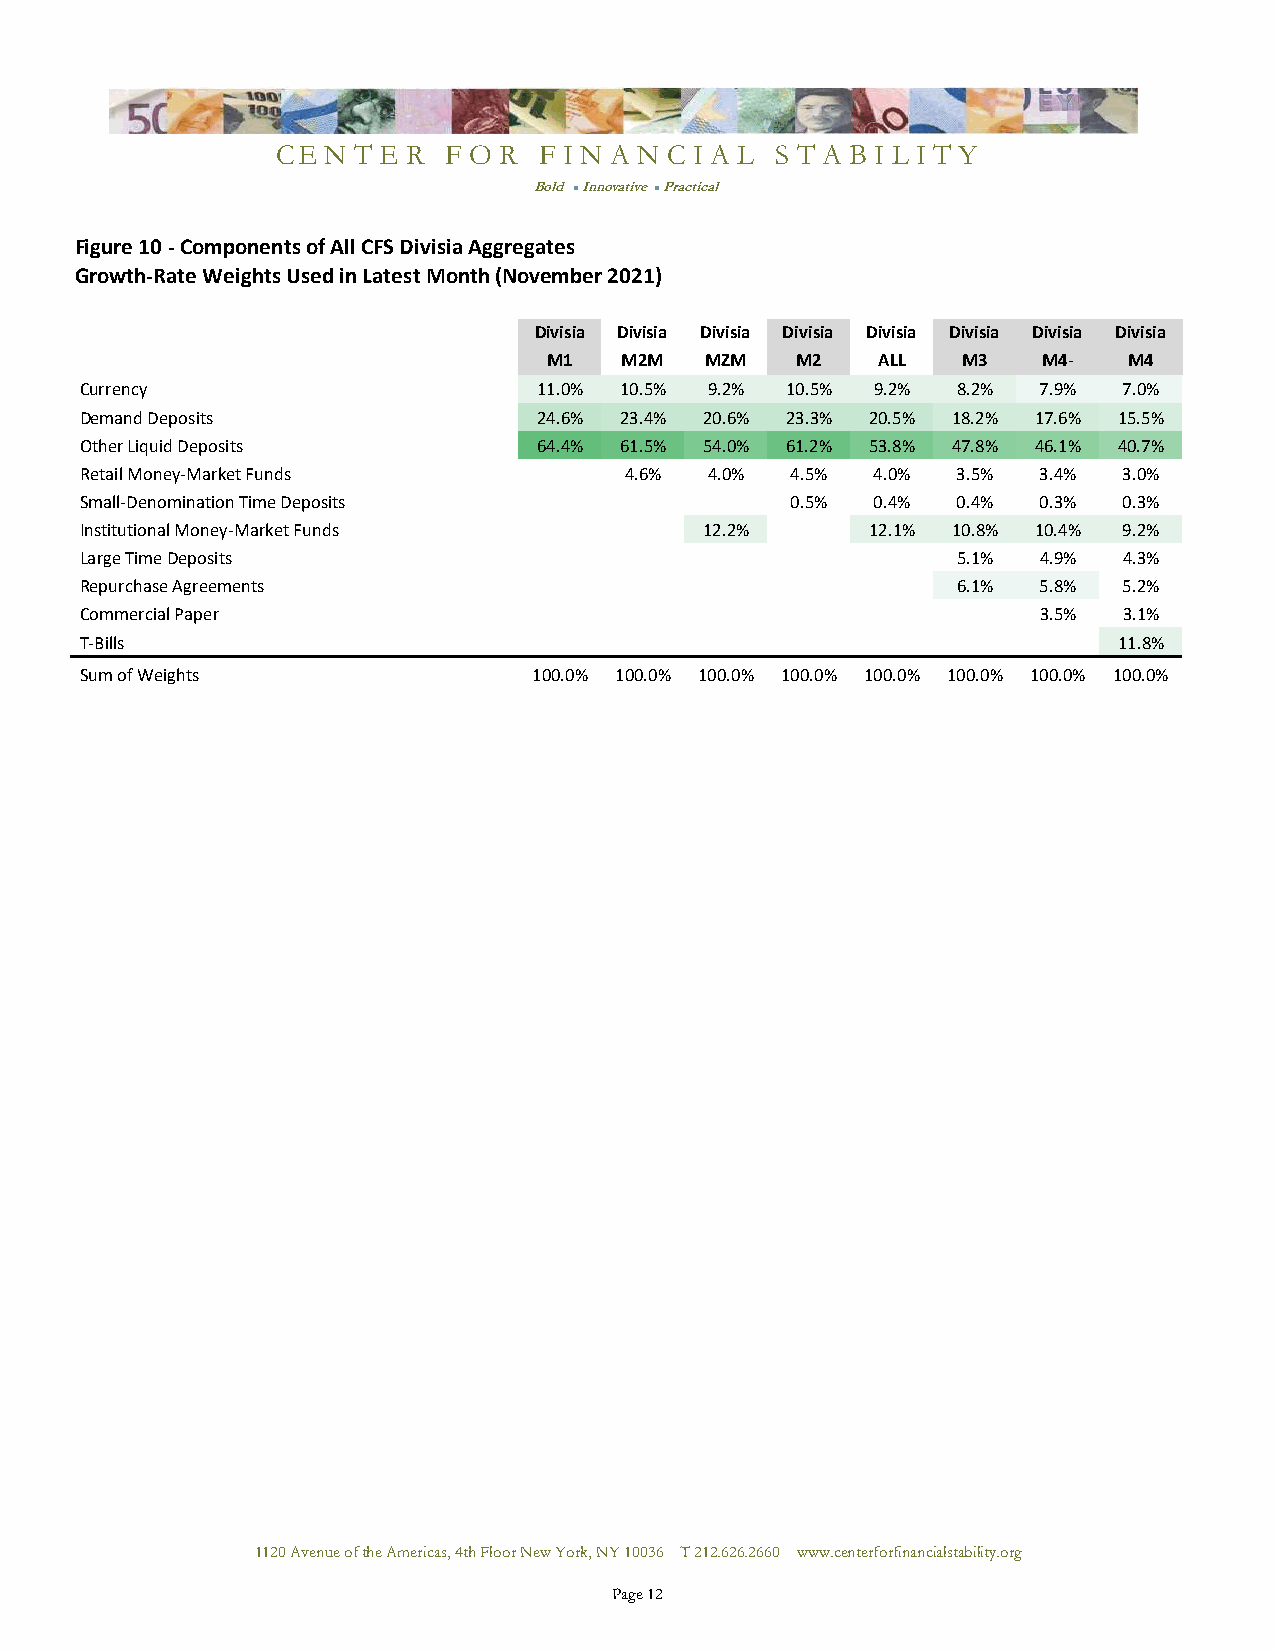
CE N T E R  F O R F I N A N C I A L S T A B I L I T Y
 Bold l Innovative l Practical
 Figure 10 - Components of All CFS Divisia Aggregates
 Growth-Rate Weights Used in Latest Month (November 2021)
 Divisia Divisia Divisia Divisia Divisia Divisia Divisia Divisia
 M1   M2M   MZM   M2   ALL   M3   M4-   M4
 Currency                       11.0% 10.5% 9.2% 10.5% 9.2% 8.2% 7.9% 7.0%
 Demand Deposits                24.6% 23.4% 20.6% 23.3% 20.5% 18.2% 17.6% 15.5%
 Other Liquid Deposits          64.4% 61.5% 54.0% 61.2% 53.8% 47.8% 46.1% 40.7%
 Retail Money-Market Funds           4.6%  4.0% 4.5%  4.0% 3.5%  3.4% 3.0%
 Small-Denomination Time Deposits               0.5%  0.4% 0.4%  0.3% 0.3%
 Institutional Money-Market Funds          12.2%      12.1% 10.8% 10.4% 9.2%
 Large Time Deposits                                       5.1%  4.9% 4.3%
 Repurchase Agreements                                     6.1%  5.8% 5.2%
 Commercial Paper                                                3.5% 3.1%
 T-Bills                                                              11.8%
 Sum of Weights                100.0% 100.0% 100.0% 100.0% 100.0% 100.0% 100.0% 100.0%
 1120 Avenue of the Americas, 4th Floor New York, NY 10036 T 212.626.2660 www.centerforfinancialstability.org
 Page 12